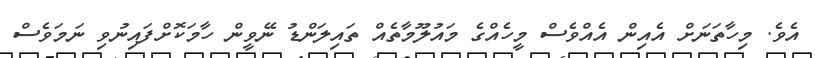
އެވެ. މިހާތަނަށް އެއިން އެއްވެސް މީހެއްގެ މައުލޫމާތެއް ތައިލަންޑު ނޭވީން ހާމަކޮށްފައިނުވި ނަމަވެސް